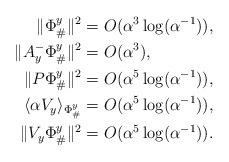
LaTeX: \begin{align*}\|\Phi_{\#}^y\|^2 &= O(\alpha^3\log(\alpha^{-1})), \\\|A^-_y\Phi_{\#}^y\|^2 &= O(\alpha^3), \\\|P \Phi_{\#}^y\|^2 &= O(\alpha^5 \log(\alpha^{-1})), \\\langle \alpha V_y\rangle_{\Phi_{\#}^y} &= O(\alpha^5 \log(\alpha^{-1})) ,\\\|V_y \Phi_{\#}^y\|^2 &= O(\alpha^5 \log (\alpha^{-1})). \end{align*}